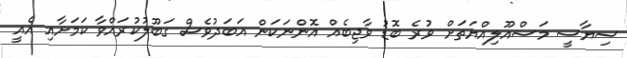
ސިޔާސީ މަސްއޫލިއްޔަތަށް ވުރެ ބޮޑު ވާޖިބެއް އޮންނަކަން އަބަދުވެސް ގަބޫލުކުރައްވާ ކަމަށާއި އެއީ